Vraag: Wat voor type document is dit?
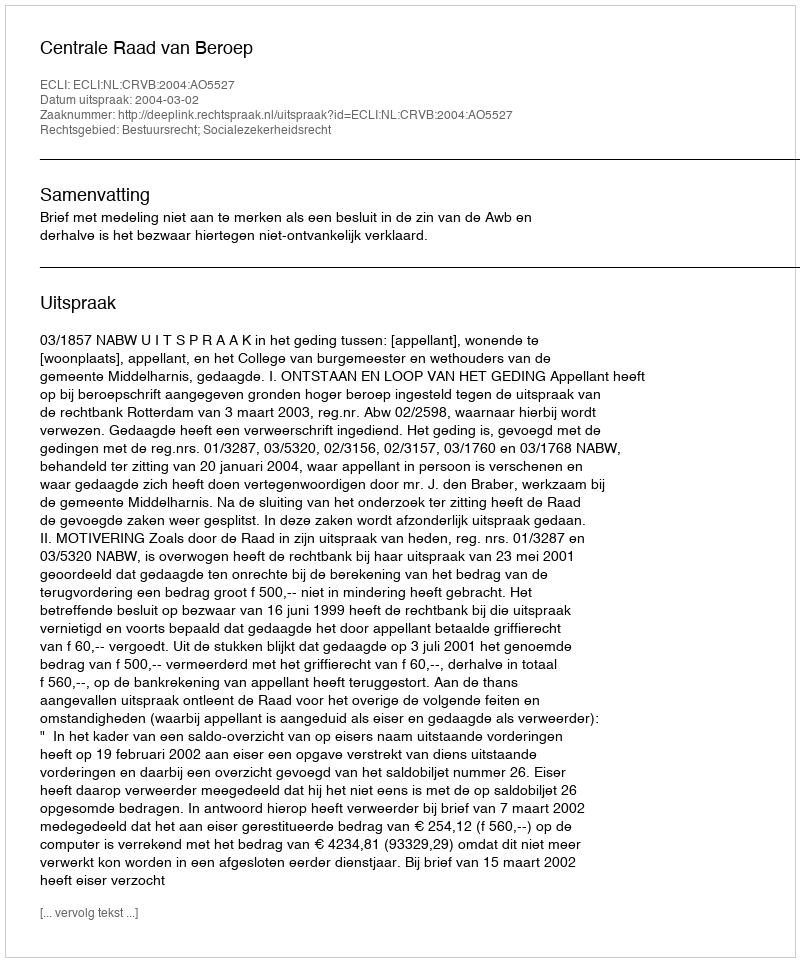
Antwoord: Uitspraak